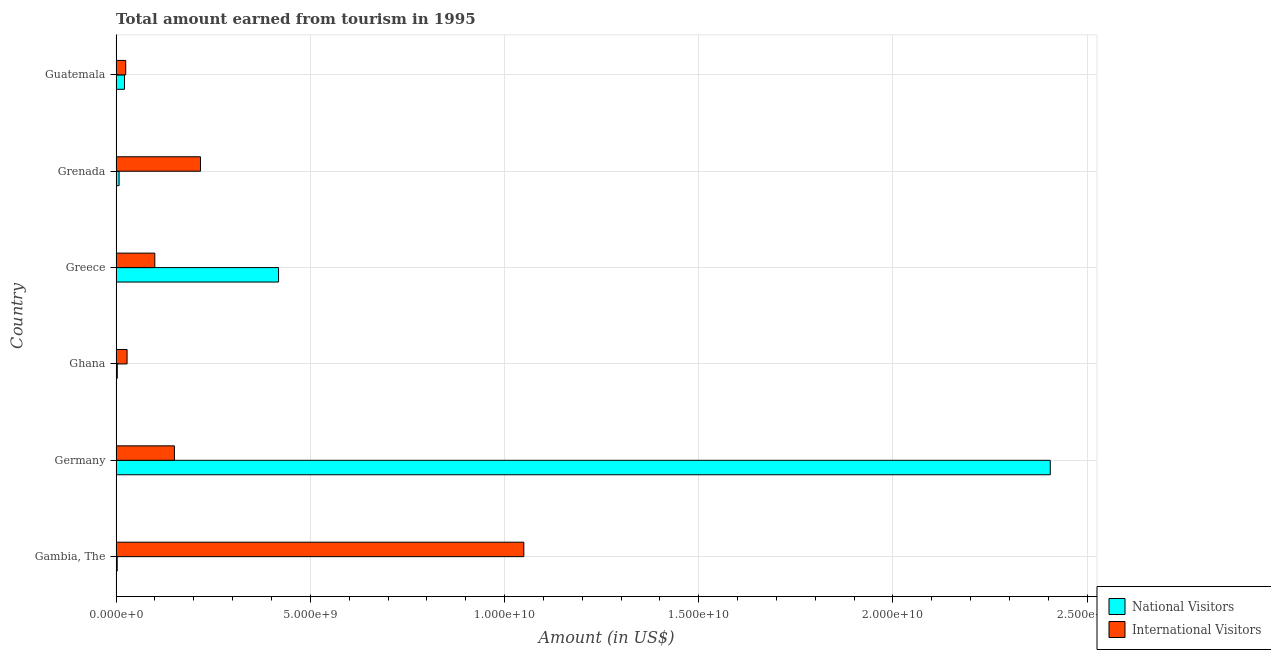
| Country | National Visitors | International Visitors |
 | --- | --- | --- |
 | Gambia, The | 2.8e+07 | 1.05e+10 |
 | Germany | 2.41e+10 | 1.5e+09 |
 | Ghana | 3e+07 | 2.82e+08 |
 | Greece | 4.18e+09 | 9.96e+08 |
 | Grenada | 7.6e+07 | 2.17e+09 |
 | Guatemala | 2.16e+08 | 2.47e+08 |